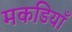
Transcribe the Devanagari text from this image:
मकडियाँ